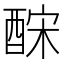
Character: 𨠼